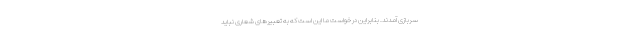
سربازی آمدند. بنابراین در خواست ما این است که به تعبیرهای شعاری نباید